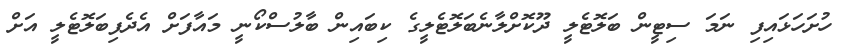
ހުށަހަޅައިފި ނަމަ ސިޓީން ބަލޮޓެލީ ދޫކޮށްލާނެބަލޮޓެލީގެ ކިބައިން ބާލުސްކޯނީ މައާފަށް އެދެފިބަލޮޓެލީ އަށް